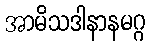
အာမိသဒါနာနမဂ္ဂ